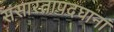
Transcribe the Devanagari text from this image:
संसारतापदघानां